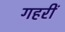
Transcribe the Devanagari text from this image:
गहरीं